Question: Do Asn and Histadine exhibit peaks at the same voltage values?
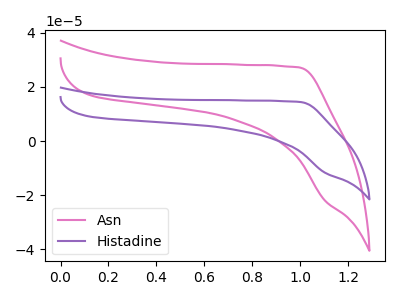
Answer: <think>The pink curve "Asn" has no peaks. The purple curve "Histadine" has no peaks.</think>
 <answer>Niether CV has any peaks.</answer>
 <eval>blanks</eval>